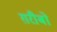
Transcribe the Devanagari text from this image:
ग़रीबो